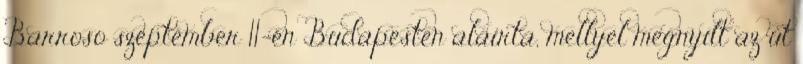
Barroso szeptember 11-én Budapesten aláírta, mellyel megnyílt az út